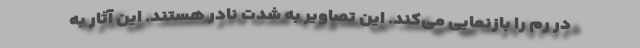
در رم را بازنمایی می‌کند. این تصاویر به شدت نادر هستند. این آثار به